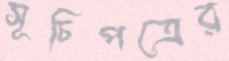
সূচিপত্রের